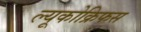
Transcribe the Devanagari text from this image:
ल्यूकोक्रिफस